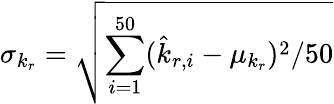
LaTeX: \sigma_{k_{r}}=\sqrt{\sum_{i=1}^{50}(\hat{k}_{r,i}-\mu_{k_{r}})^{2}/50}